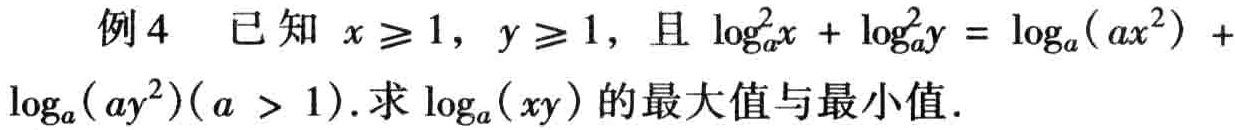
例4 已知 \(x\geq1\)，\(y\geq1\)，且 \(\log_{a}^{2}x + \log_{a}^{2}y = \log_{a}(ax^{2}) + \log_{a}(ay^{2})(a > 1)\).求 \(\log_{a}(xy)\) 的最大值与最小值.